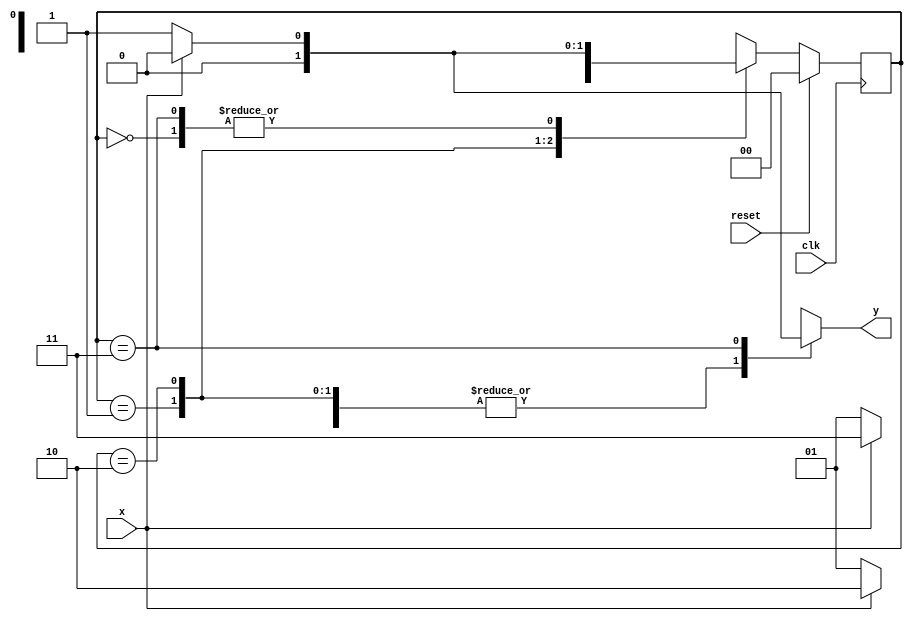
module mealy(x,clk,reset,y);
input x,clk,reset;
output reg y;
parameter s0=0,s1=1,s2=2,s3=3;
reg [1:0]ps,ns;
always @(posedge clk)
begin
if(reset==1'b1)
ps<=s0;
else
ps<=ns;
end

always @(ps,x)
case(ps)
s0: begin
    y<=x?0:0;
    ns<=x?s0:s1;
    end
s1: begin
    y<=x?0:0;
    ns<=x?s2:s1;
    end
s2: begin
    y<=x?0:0;
    ns<=x?s3:s1;
    end
s3: begin
    y<=x?0:1;
    ns<=x?s0:s1;
    end
endcase
endmodule

module mealy_tb();
reg x;
reg reset;
reg clk;
wire y;
integer i;
reg [15:0]a;

mealy dut(x,clk,reset,y);
initial begin
clk=1'b0;
reset=1'b1;#10;
reset=1'b0;
end
always #5 clk=~clk;

initial begin 
a=16'b0011001101011010;
for(i=0;i<16;i=i+1)
#10 x=a[i];
end
initial $monitor("x=%0b y=%0b",x,y);
endmodule